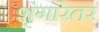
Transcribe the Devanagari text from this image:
शृंगारेतर